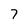
Character: 7